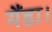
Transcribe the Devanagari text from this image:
गैंडा।